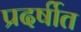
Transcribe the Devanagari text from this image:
प्रदर्षीत